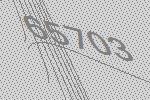
65703